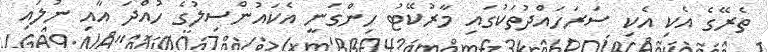
ތެރޭގެ އެކި އެކި ސަރަހައްދުތަކުގައި މާރުކޭޓު ހިންގަނީ އެކައުންސިލުގެ ހުއްދަ އާއި ނުލައި